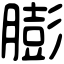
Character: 膨